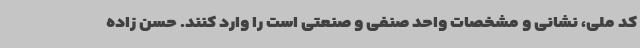
کد ملی، نشانی و مشخصات واحد صنفی و صنعتی است را وارد کنند. حسن زاده